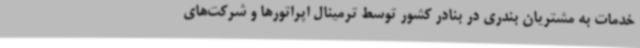
خدمات به مشتریان بندری در بنادر کشور توسط ترمینال اپراتورها و شرکت‌های